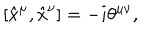
[ \hat { x } ^ { \mu } , \hat { x } ^ { \nu } ] = - i \theta ^ { \mu \nu } ,